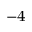
^ { - 4 }